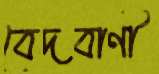
বেদবাণী